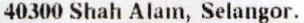
40300 SHAH ALAM, SELANGOR.